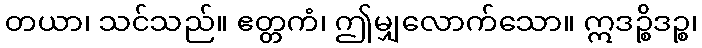
တယာ၊ သင်သည်။ ဧတ္တကံ၊ ဤမျှလောက်သော။ ဣဒဉ္စိဒဉ္စ၊